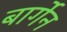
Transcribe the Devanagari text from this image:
बार्गेन